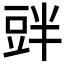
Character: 𲂝